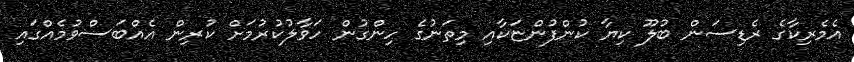
އެމެރިކާގެ ރެޑިސަން ބުލޫ ކިޔާ ކުންފުންޏަކާއި މިތަނުގެ ހިންގުން ހަވާލުކުރުމަށް ކުރިން އެއްބަސްވުމެއްގައި